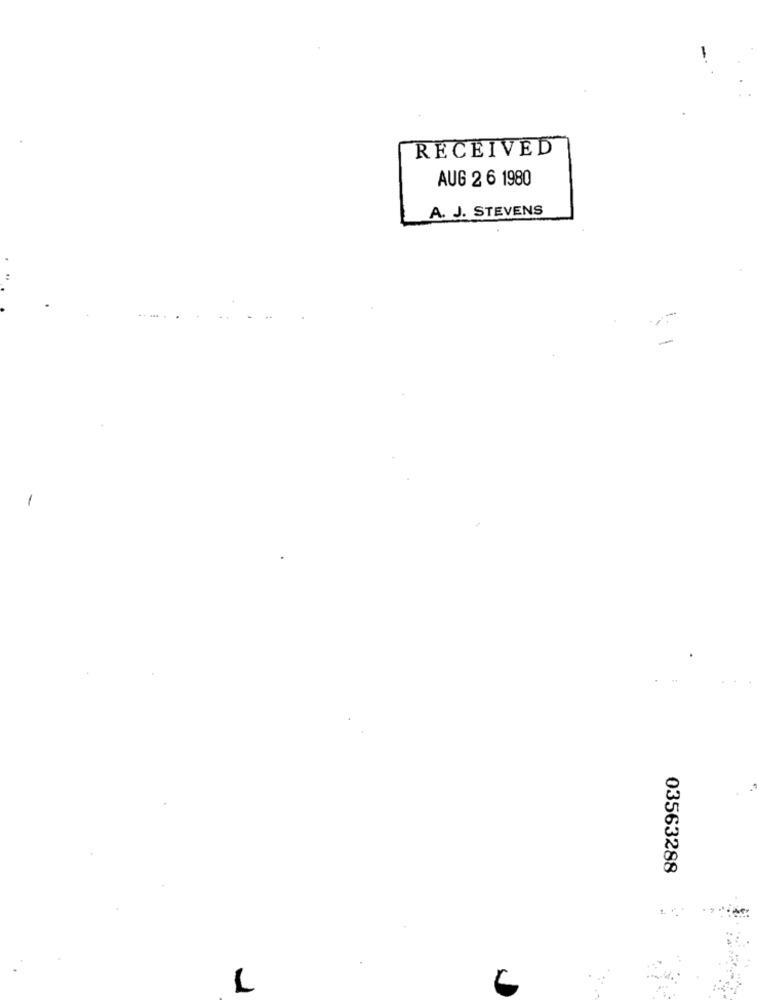
-
RECEIVED
AUG 2 6 1980
A. J. STEVENS
03563288
L